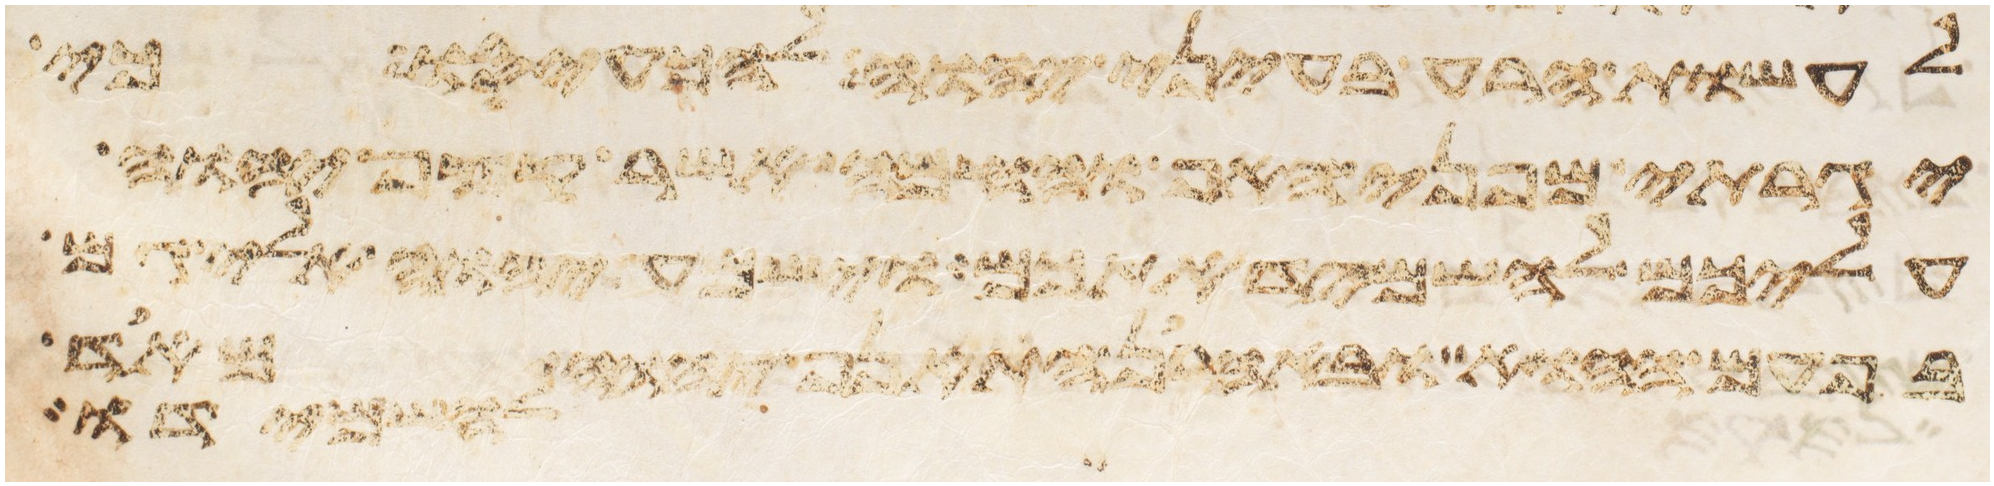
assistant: לעשות הרע בעיני יהוה להכעיסו כי
יגרתי מפני האף והחמה אשר קצף יהוה
עליכם להשמיד אתכם וישמע יהוה אלי גם
בפעם ההוא ובאהרן התאנף יהוה מאד
להשמידו